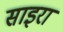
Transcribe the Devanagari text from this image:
साइरा